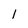
Character: 1